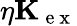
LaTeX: \eta\mathbf{K}_{\mathrm{~e~x~}}